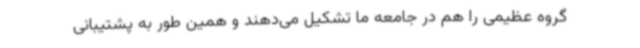
گروه عظیمی را هم در جامعه ما تشکیل می‌دهند و همین طور به پشتیبانی